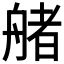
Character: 𦩳